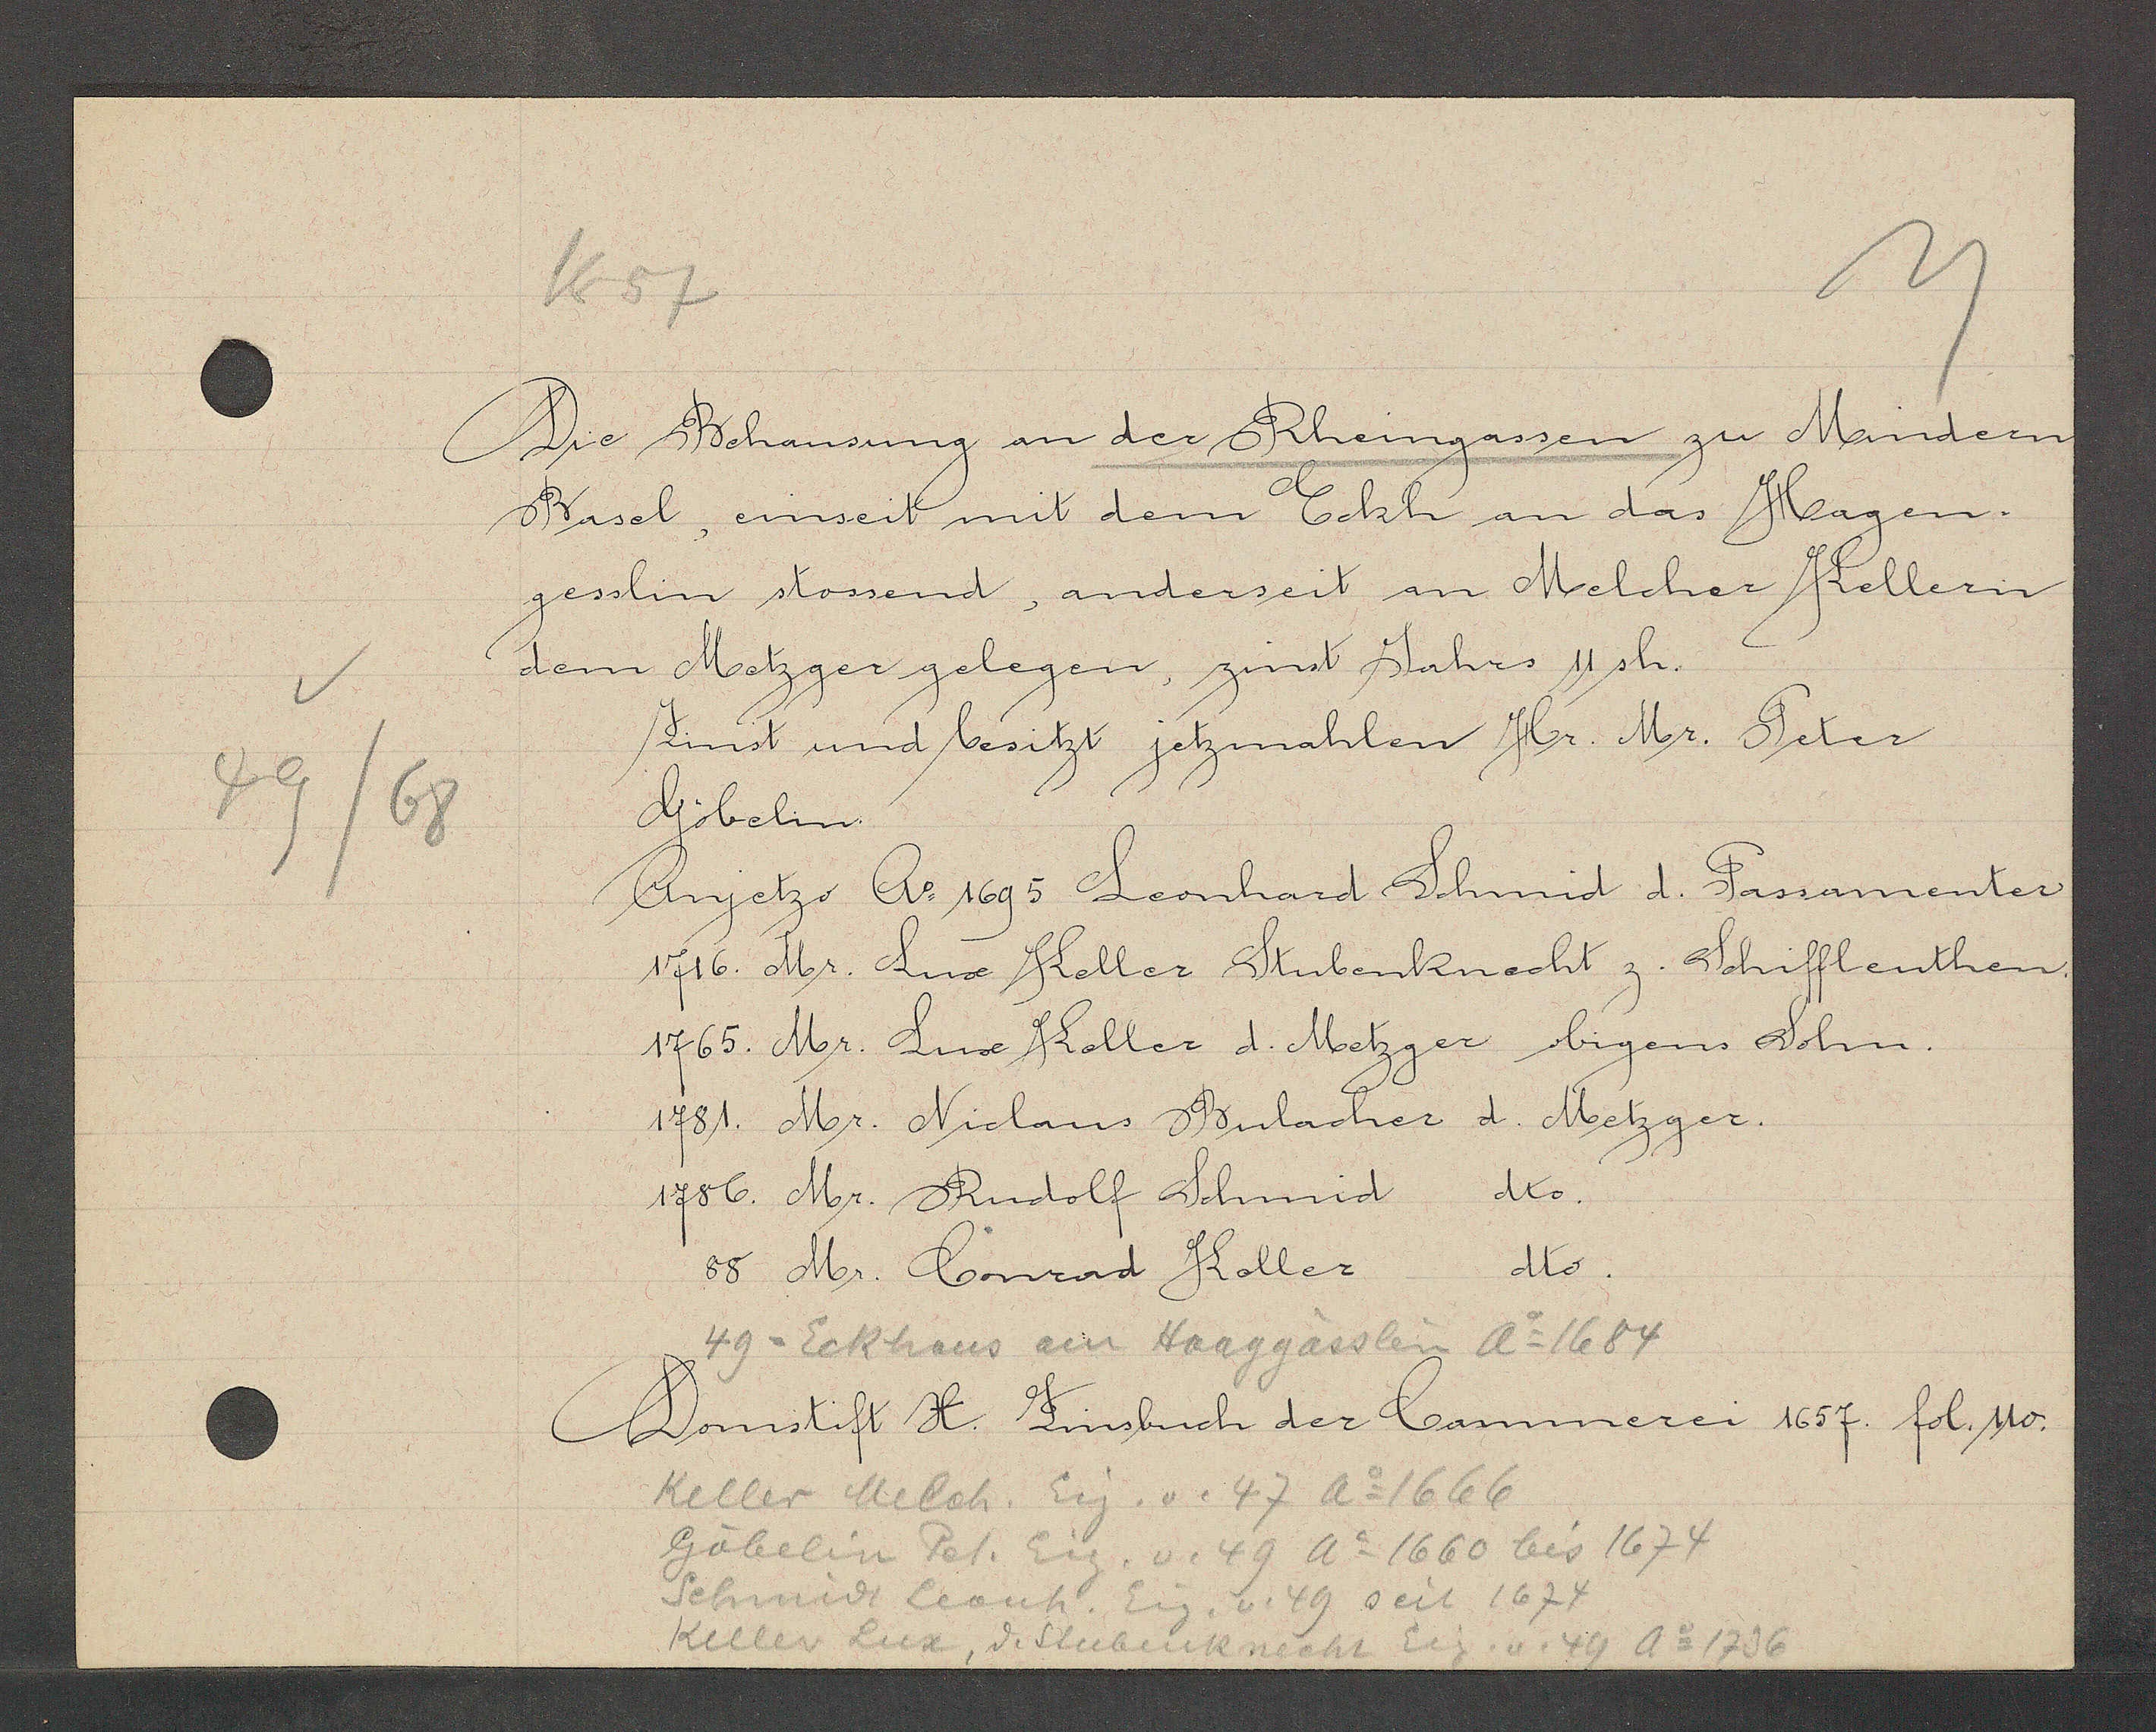
Transcript:
49/68

1657

Die Behausung an der Rheingassen zu Mindern
Basel, einseit mit dem Eckh an das Hagen-
gesslin stossend, anderseit an Melcher Kellern
dem Metzger gelegen, zinst Jahrs 11 sh.
Zinst und besitzt jetzmahlen Hr. Mr. Peter
Göbelin.
Anjetzo Ao 1695 Leonhard Schmid d. Passamenter
1716. Mr. Lux Keller Stubenknecht z. Schiffleuthen.
1765. Mr. Lux Koller d. Metzger obigens Sohn.
1781. Mr. Niclaus Bulacher d. Metzger.
1786. Mr. Rudolf Schumid dto.
dto.
88 Mr. Conrad Koller

49 = Eckhaus am Haaggässlein Ao 1684

Domistift H. Zinsbuch der Cammerei 1657. fol. 110.

Keller Melch. Eig. v. 47 Ao 1666
Göbelin Pet. Eig. v. 49 Ao 1660 bis 1674
Schmidt Leonh. Eig. v. 49 seit 1674
Keller Lux, d. Stubenknecht Eig. v. 49 Ao 1736